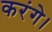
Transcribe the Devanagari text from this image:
करंगे।